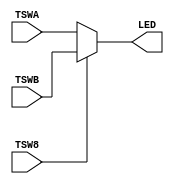
module Selector_Circuit_3bit(TSWA, TSWB, TSW8, LED);

	input TSW8;
	input [2:0] TSWA, TSWB;
	output [2:0] LED;
	
	assign LED = (TSW8 == 1) ? TSWB : TSWA;
	
endmodule